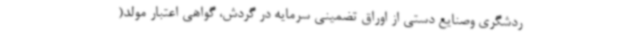
ردشگری وصنایع دستی از اوراق تضمینی سرمایه در گردش، گواهی اعتبار مولد(